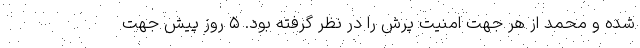
شده و محمد از هر جهت امنیت پرش را در نظر گرفته بود. ۵ روز پیش جهت